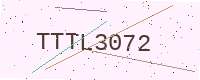
Text: TTTL3072